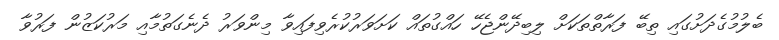
ބެލުމުގެދަށުގައި ތިބޭ ފަރާތްތަކަށް ލިބިދޭންޖެހޭ ހައްގުތައް ކަށަވަރުކުރެވިފައިވާ މިންވަރު ދެނެގަތުމާއި މަރުކަޒުން ފަރުވާ